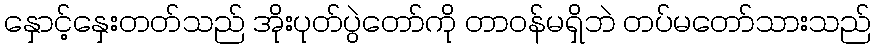
နှောင့်နှေးတတ်သည် အိုးပုတ်ပွဲတော်ကို တာဝန်မရှိဘဲ တပ်မတော်သားသည်